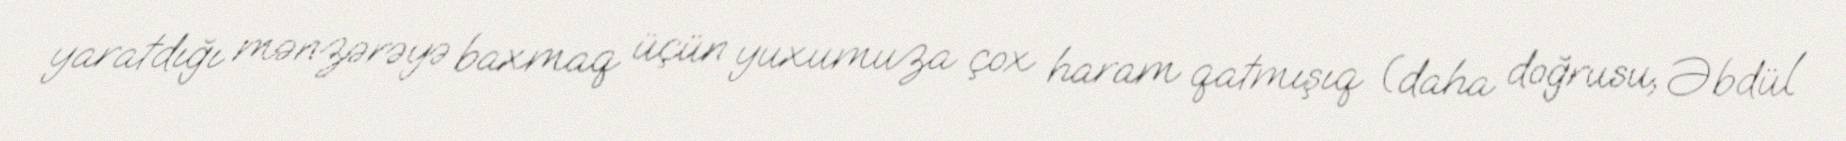
yaratdığı mənzərəyə baxmaq üçün yuxumuza çox haram qatmışıq (daha doğrusu, Əbdül